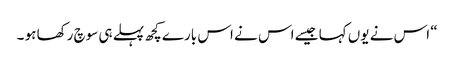
“ اس نے یوں کہا جیسے اس نے اس بارے کچھ پہلے ہی سوچ رکھا ہو ۔